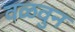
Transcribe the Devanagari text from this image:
वळवुन